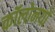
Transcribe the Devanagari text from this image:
कॉलोनयों